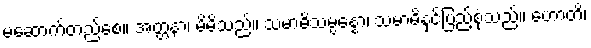
မဆောက်တည်စေ။ အတ္တနာ၊ မိမိသည်။ သမာဓိသမ္ပန္နော၊ သမာဓိနှင့်ပြည့်စုံသည်။ ဟောတိ၊